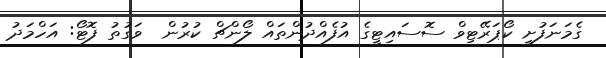
ގެމަނަފުށީ ކޯޕަރޭޓިވް ސޮސައިޓީގެ އުފެއްދުންތައް ލޯންޗް ކުރުން  ވަަގުތު ފޮޓޯ: އަހްމަދު